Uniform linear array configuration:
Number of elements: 64
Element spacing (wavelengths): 1
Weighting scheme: cosine
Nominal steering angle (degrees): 45
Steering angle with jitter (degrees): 44.484
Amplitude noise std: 0.05
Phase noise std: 0.05

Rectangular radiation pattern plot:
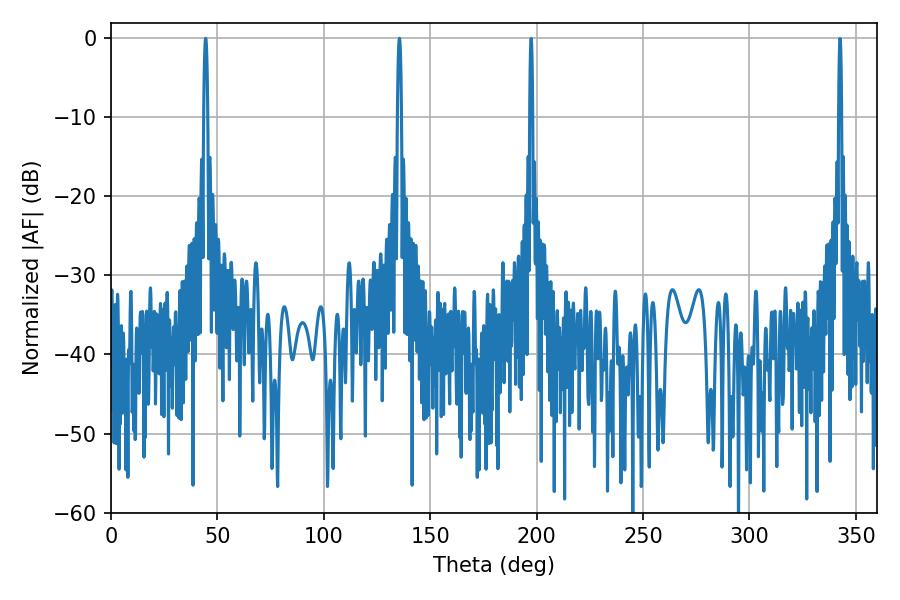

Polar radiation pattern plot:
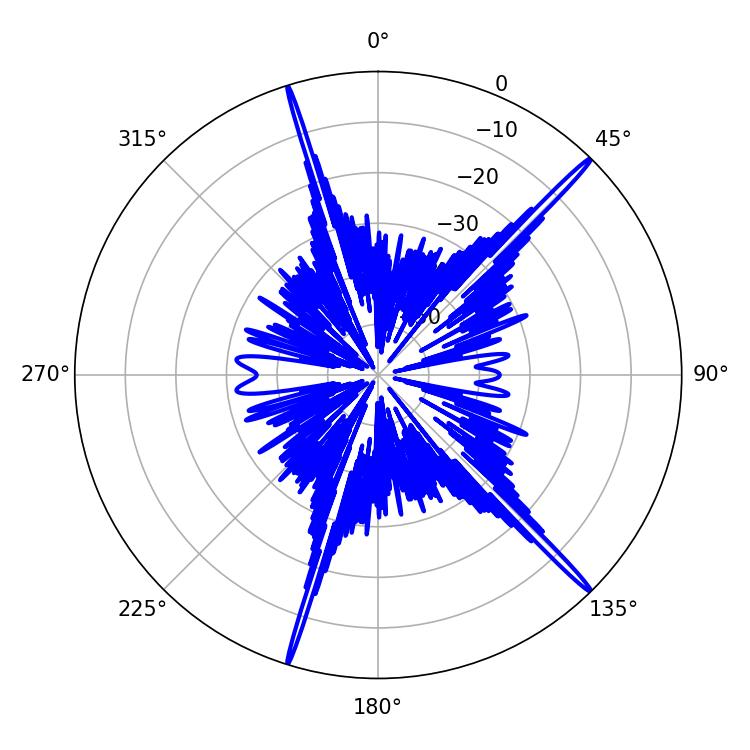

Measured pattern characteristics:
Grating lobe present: TRUE
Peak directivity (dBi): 19.785
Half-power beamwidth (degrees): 1.08
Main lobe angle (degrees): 44.46